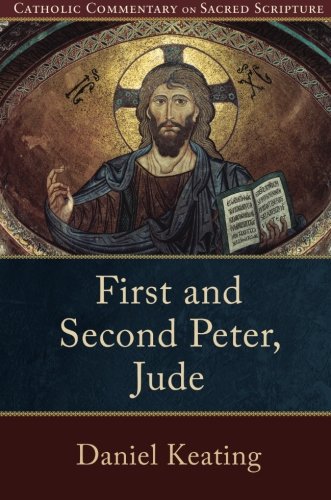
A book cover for First and Second Peter, Jude (Catholic Commentary on Sacred Scripture); Daniel A. Keating; Christian Books & Bibles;